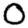
Digit: 0